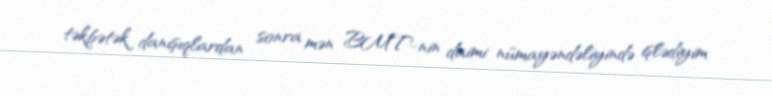
təkbətək danışıqlardan sonra mən BMT-nin daimi nümayəndəliyində işlədiyim